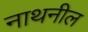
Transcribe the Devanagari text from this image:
नाथनील